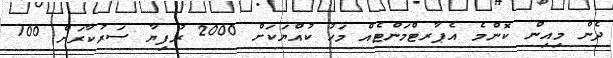
ދެން މިއިން ކޮންމެ އެޕާރޓްމަންޓެއް މަހު ކުއްޔަކަށް 2000 ރުފިޔާ ސަރުކާރަށް 100